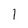
Character: 1